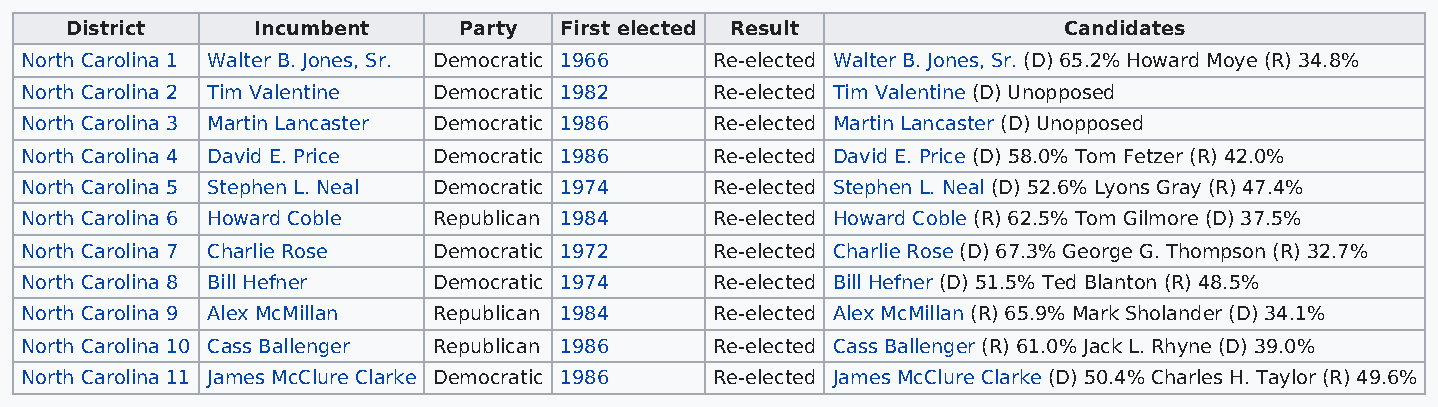
District     Incumbent    Party  First elected Result             Candidates
 North Carolina 1 Walter B. Jones, Sr. Democratic 1966 Re-elected Walter B. Jones, Sr. (D) 65.2% Howard Moye (R) 34.8%
 North Carolina 2 Tim Valentine Democratic 1982 Re-elected Tim Valentine (D) Unopposed
 North Carolina 3 Martin Lancaster Democratic 1986 Re-elected Martin Lancaster (D) Unopposed
 North Carolina 4 David E. Price Democratic 1986 Re-elected David E. Price (D) 58.0% Tom Fetzer (R) 42.0%
 North Carolina 5 Stephen L. Neal Democratic 1974 Re-elected Stephen L. Neal (D) 52.6% Lyons Gray (R) 47.4%
 North Carolina 6 Howard Coble Republican 1984 Re-elected Howard Coble (R) 62.5% Tom Gilmore (D) 37.5%
 North Carolina 7 Charlie Rose Democratic 1972 Re-elected Charlie Rose (D) 67.3% George G. Thompson (R) 32.7%
 North Carolina 8 Bill Hefner Democratic 1974  Re-elected Bill Hefner (D) 51.5% Ted Blanton (R) 48.5%
 North Carolina 9 Alex McMillan Republican 1984 Re-elected Alex McMillan (R) 65.9% Mark Sholander (D) 34.1%
 North Carolina 10 Cass Ballenger Republican 1986 Re-elected Cass Ballenger (R) 61.0% Jack L. Rhyne (D) 39.0%
 North Carolina 11 James McClure Clarke Democratic 1986 Re-elected James McClure Clarke (D) 50.4% Charles H. Taylor (R) 49.6%